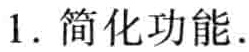
1. 简化功能.